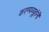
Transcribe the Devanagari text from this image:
करण्यव्यूहांनी